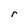
Character: r